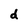
Character: d